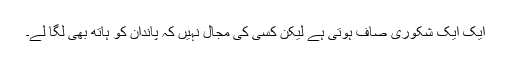
ایک ایک شکوری صاف ہوتی ہے لیکن کسی کی مجال نہیں کہ پاندان کو ہاتھ بھی لگا لے۔